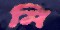
নি